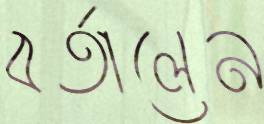
বর্তালেন